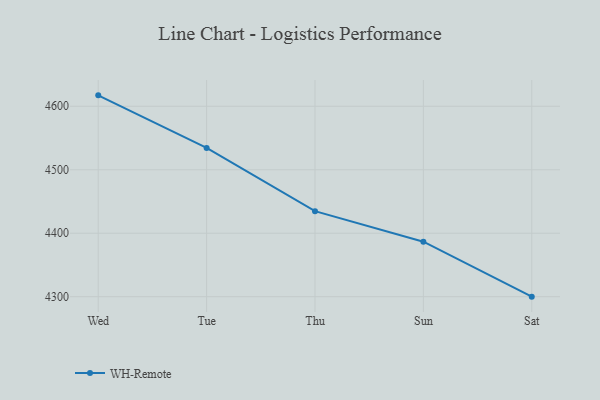
{"axis": {"x": "Day", "y": "Budget (USD K)"}, "legend": ["WH-Remote"], "data": [{"x": "Wed", "y": 4617.2, "type": "WH-Remote"}, {"x": "Tue", "y": 4534.4, "type": "WH-Remote"}, {"x": "Thu", "y": 4434.8, "type": "WH-Remote"}, {"x": "Sun", "y": 4386.7, "type": "WH-Remote"}, {"x": "Sat", "y": 4300.1, "type": "WH-Remote"}]}